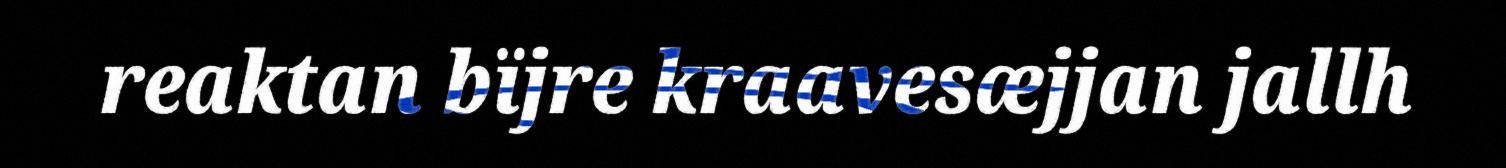
reaktan bïjre kraavesæjjan jallh